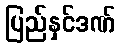
ပြည်နှင်ဒဏ်